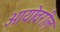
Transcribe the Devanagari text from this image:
आयोवरील